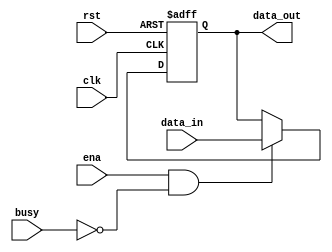
`timescale 1ns / 1ps
//////////////////////////////////////////////////////////////////////////////////
// Company: 
// Engineer: 
// 
// Design Name: 
// Module Name: pcreg
// Project Name: 
// Target Devices: 
// Tool Versions: 
// Description: 
// 
// Dependencies: 
// 
// Revision:
// Revision 0.01 - File Created
// Additional Comments:
// 
//////////////////////////////////////////////////////////////////////////////////


module PCreg(
    input clk,
    input rst,
    input busy,
    input ena,
    input [31:0] data_in,              
    output [31:0] data_out
    );
    reg [31:0] pc;

    assign data_out=pc;            // pc
    
    always @(negedge clk or posedge rst)        // 
        if(rst) pc=32'h00400000;
        else if(ena&&~busy) pc=data_in;
endmodule